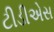
ટીડીએસ